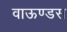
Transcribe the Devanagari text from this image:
वाऊण्डस